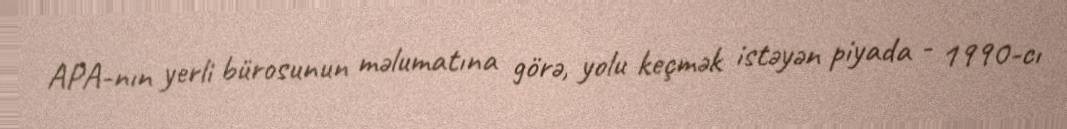
APA-nın yerli bürosunun məlumatına görə, yolu keçmək istəyən piyada - 1990-cı